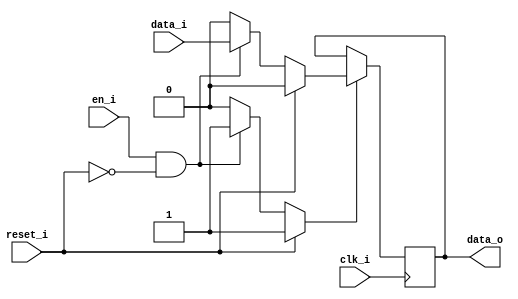
// This program was cloned from: https://github.com/NYU-MLDA/OpenABC
// License: BSD 3-Clause "New" or "Revised" License

module bsg_dff_reset_en_width_p1
(
  clk_i,
  reset_i,
  en_i,
  data_i,
  data_o
);

  input [0:0] data_i;
  output [0:0] data_o;
  input clk_i;
  input reset_i;
  input en_i;
  wire N0,N1,N2,N3,N4,N5,N6;
  reg [0:0] data_o;
  assign N3 = (N0)? 1'b1 :
              (N6)? 1'b1 :
              (N2)? 1'b0 : 1'b0;
  assign N0 = reset_i;
  assign N4 = (N0)? 1'b0 :
              (N6)? data_i[0] : 1'b0;
  assign N1 = en_i | reset_i;
  assign N2 = ~N1;
  assign N5 = ~reset_i;
  assign N6 = en_i & N5;

  always @(posedge clk_i) begin
    if(N3) begin
      { data_o[0:0] } <= { N4 };
    end
  end


endmodule